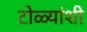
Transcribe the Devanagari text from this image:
टोळ्यांशी